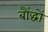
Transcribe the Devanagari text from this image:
बौंद्धों